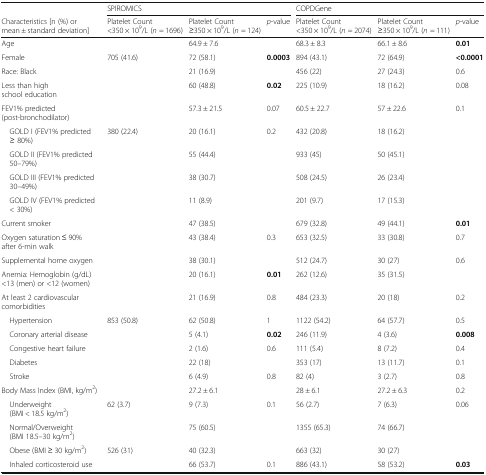
<table><thead><tr><td>[EMPTY_CELL]</td><td colspan="3"><b>SPIROMICS</b></td><td colspan="3"><b>COPDGene</b></td></tr><tr><td><b>Characteristics [n (%) or mean ± standard deviation]</b></td><td><b>Platelet Count &lt;350 × 10<sup>9</sup>/L (<i>n</i> = 1696)</b></td><td><b>Platelet Count ≥350 × 10<sup>9</sup>/L (<i>n</i> = 124)</b></td><td><b><i>p</i>-value</b></td><td><b>Platelet Count &lt;350 × 10<sup>9</sup>/L (<i>n</i> = 2074)</b></td><td><b>Platelet Count ≥350 × 10<sup>9</sup>/L (<i>n</i> = 111)</b></td><td><b><i>p</i>-value</b></td></tr></thead><tbody><tr><td>Age</td><td>[EMPTY_CELL]</td><td>64.9 ± 7.6</td><td>[EMPTY_CELL]</td><td>68.3 ± 8.3</td><td>66.1 ± 8.6</td><td><b>0.01</b></td></tr><tr><td>Female</td><td>705 (41.6)</td><td>72 (58.1)</td><td><b>0.0003</b></td><td>894 (43.1)</td><td>72 (64.9)</td><td><b>&lt;0.0001</b></td></tr><tr><td>Race: Black</td><td>[EMPTY_CELL]</td><td>21 (16.9)</td><td>[EMPTY_CELL]</td><td>456 (22)</td><td>27 (24.3)</td><td>0.6</td></tr><tr><td>Less than high school education</td><td>[EMPTY_CELL]</td><td>60 (48.8)</td><td><b>0.02</b></td><td>225 (10.9)</td><td>18 (16.2)</td><td>0.08</td></tr><tr><td>FEV1% predicted (post-bronchodilator)</td><td>[EMPTY_CELL]</td><td>57.3 ± 21.5</td><td>0.07</td><td>60.5 ± 22.7</td><td>57 ± 22.6</td><td>0.1</td></tr><tr><td> GOLD I (FEV1% predicted ≥ 80%)</td><td>380 (22.4)</td><td>20 (16.1)</td><td rowspan="4">0.2</td><td>432 (20.8)</td><td>18 (16.2)</td><td rowspan="4">[EMPTY_CELL]</td></tr><tr><td> GOLD II (FEV1% predicted 50–79%)</td><td>[EMPTY_CELL]</td><td>55 (44.4)</td><td>933 (45)</td><td>50 (45.1)</td></tr><tr><td> GOLD III (FEV1% predicted 30–49%)</td><td>[EMPTY_CELL]</td><td>38 (30.7)</td><td>508 (24.5)</td><td>26 (23.4)</td></tr><tr><td> GOLD IV (FEV1% predicted &lt; 30%)</td><td>[EMPTY_CELL]</td><td>11 (8.9)</td><td>201 (9.7)</td><td>17 (15.3)</td></tr><tr><td>Current smoker</td><td>[EMPTY_CELL]</td><td>47 (38.5)</td><td>[EMPTY_CELL]</td><td>679 (32.8)</td><td>49 (44.1)</td><td><b>0.01</b></td></tr><tr><td>Oxygen saturation ≤ 90% after 6-min walk</td><td>[EMPTY_CELL]</td><td>43 (38.4)</td><td>0.3</td><td>653 (32.5)</td><td>33 (30.8)</td><td>0.7</td></tr><tr><td>Supplemental home oxygen</td><td>[EMPTY_CELL]</td><td>38 (30.1)</td><td>[EMPTY_CELL]</td><td>512 (24.7)</td><td>30 (27)</td><td>0.6</td></tr><tr><td>Anemia: Hemoglobin (g/dL) &lt;13 (men) or &lt;12 (women)</td><td>[EMPTY_CELL]</td><td>20 (16.1)</td><td><b>0.01</b></td><td>262 (12.6)</td><td>35 (31.5)</td><td>[EMPTY_CELL]</td></tr><tr><td>At least 2 cardiovascular comorbidities</td><td>[EMPTY_CELL]</td><td>21 (16.9)</td><td>0.8</td><td>484 (23.3)</td><td>20 (18)</td><td>0.2</td></tr><tr><td> Hypertension</td><td>853 (50.8)</td><td>62 (50.8)</td><td>1</td><td>1122 (54.2)</td><td>64 (57.7)</td><td>0.5</td></tr><tr><td> Coronary arterial disease</td><td>[EMPTY_CELL]</td><td>5 (4.1)</td><td><b>0.02</b></td><td>246 (11.9)</td><td>4 (3.6)</td><td><b>0.008</b></td></tr><tr><td> Congestive heart failure</td><td>[EMPTY_CELL]</td><td>2 (1.6)</td><td>0.6</td><td>111 (5.4)</td><td>8 (7.2)</td><td>0.4</td></tr><tr><td> Diabetes</td><td>[EMPTY_CELL]</td><td>22 (18)</td><td>[EMPTY_CELL]</td><td>353 (17)</td><td>13 (11.7)</td><td>0.1</td></tr><tr><td> Stroke</td><td>[EMPTY_CELL]</td><td>6 (4.9)</td><td>0.8</td><td>82 (4)</td><td>3 (2.7)</td><td>0.8</td></tr><tr><td>Body Mass Index (BMI, kg/m<sup>2</sup>)</td><td>[EMPTY_CELL]</td><td>27.2 ± 6.1</td><td>[EMPTY_CELL]</td><td>28 ± 6.1</td><td>27.2 ± 6.3</td><td>0.2</td></tr><tr><td> Underweight (BMI &lt; 18.5 kg/m<sup>2</sup>)</td><td>62 (3.7)</td><td>9 (7.3)</td><td rowspan="3">0.1</td><td>56 (2.7)</td><td>7 (6.3)</td><td rowspan="3">0.06</td></tr><tr><td> Normal/Overweight (BMI 18.5–30 kg/m<sup>2</sup>)</td><td>[EMPTY_CELL]</td><td>75 (60.5)</td><td>1355 (65.3)</td><td>74 (66.7)</td></tr><tr><td> Obese (BMI ≥ 30 kg/m<sup>2</sup>)</td><td>526 (31)</td><td>40 (32.3)</td><td>663 (32)</td><td>30 (27)</td></tr><tr><td> Inhaled corticosteroid use</td><td>[EMPTY_CELL]</td><td>66 (53.7)</td><td>0.1</td><td>886 (43.1)</td><td>58 (53.2)</td><td><b>0.03</b></td></tr></tbody></table>